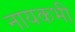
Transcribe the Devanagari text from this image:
नायकभी